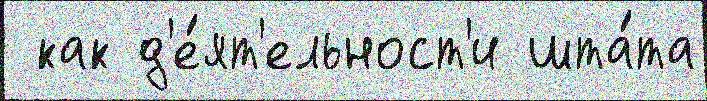
 как д'е́ят'ельност'и шта́та